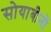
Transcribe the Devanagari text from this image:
सोयाबीनों